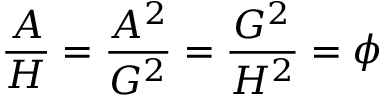
{ \frac { A } { H } } = { \frac { A ^ { 2 } } { G ^ { 2 } } } = { \frac { G ^ { 2 } } { H ^ { 2 } } } = \phi